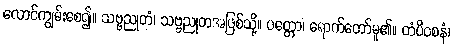
လောင်ကျွမ်းစေ၍။ သဗ္ဗညုတံ၊ သဗ္ဗညုတအဖြစ်သို့။ ပတ္တော၊ ရောက်တော်မူ၏။ တံပိဝစနံ၊